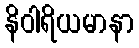
နိဝါရိယမာနာ